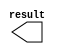
module con_yark (
	result);

	output	[7:0]  result;

endmodule